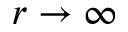
r \to \infty